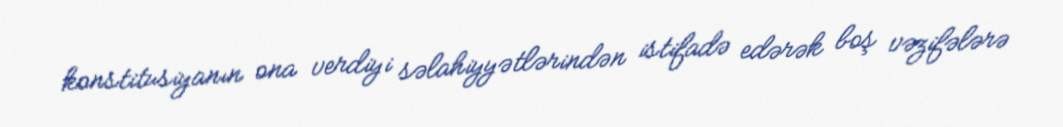
konstitusiyanın ona verdiyi səlahiyyətlərindən istifadə edərək boş vəzifələrə